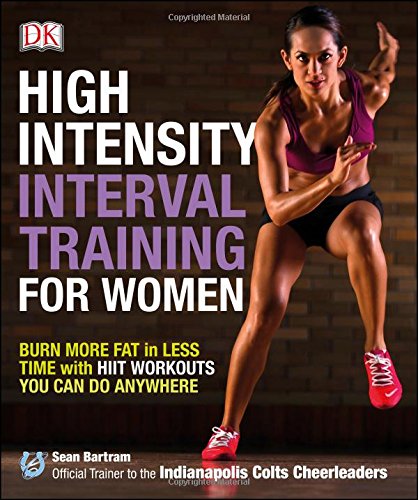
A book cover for High-Intensity Interval Training for Women: Burn More Fat in Less Time with HIIT Workouts You Can Do Anywhere; Sean Bartram; Health, Fitness & Dieting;